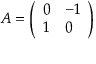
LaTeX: A = { \left( \begin{array} { l l } { 0 } & { - 1 } \\ { 1 } & { 0 } \end{array} \right) }